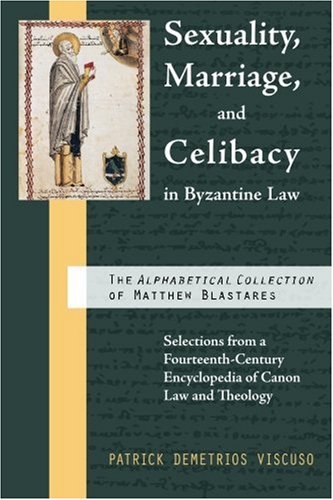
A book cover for Sexuality, Marriage, and Celibacy in Byzantine Law: The Alphabetical Collection of Matthew Blastares: Selections from a Fourteenth-Century Encyclopedia of Canon Law; Matthew Blastares; Christian Books & Bibles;